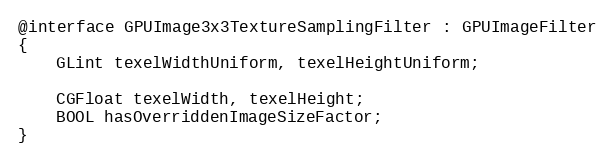
Language: C
@interface GPUImage3x3TextureSamplingFilter : GPUImageFilter
{
    GLint texelWidthUniform, texelHeightUniform;

    CGFloat texelWidth, texelHeight;
    BOOL hasOverriddenImageSizeFactor;
}